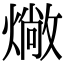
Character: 𤏮